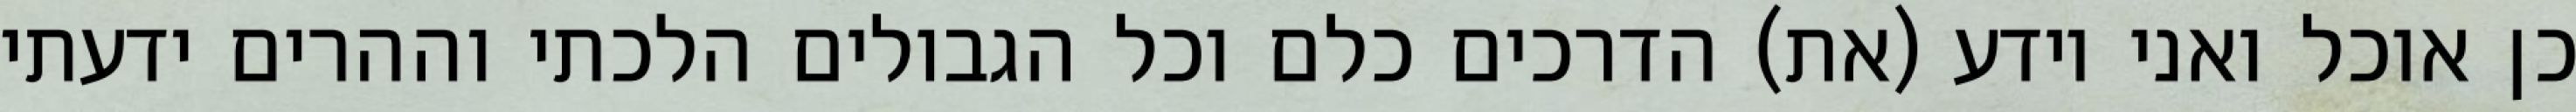
כן אוכל ואני יודע (את) הדרכים כלם וכל הגבולים הלכתי וההרים ידעתי